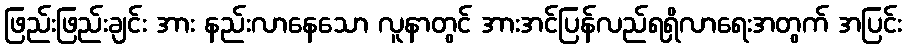
ဖြည်းဖြည်းချင်း အား နည်းလာနေသော လူနာတွင် အားအင်ပြန်လည်ရရှိလာရေးအတွက် အပြင်း